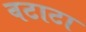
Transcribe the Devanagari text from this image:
वटाटा